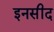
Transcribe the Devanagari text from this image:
इनसीद